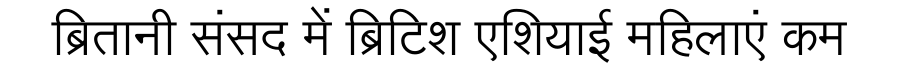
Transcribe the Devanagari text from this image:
ब्रितानी संसद में ब्रिटिश एशियाई महिलाएं कम